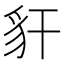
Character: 豻